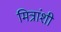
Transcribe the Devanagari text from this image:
मित्रांशी